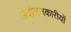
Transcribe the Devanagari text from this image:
अंदोलनकारीयों